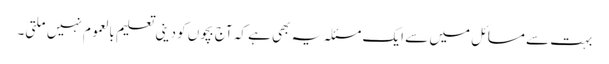
بہت سے مسائل میں سے ایک مسئلہ یہ بھی ہے کہ آج بچوں کو دینی تعلیم بالعموم نہیں ملتی۔